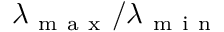
\lambda _ { \mathrm { ~ m ~ a ~ x ~ } } / \lambda _ { \mathrm { ~ m ~ i ~ n ~ } }